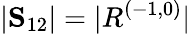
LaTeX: |\mathbf{S}_{12}|=|R^{(-1,0)}|